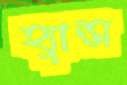
হ্যান্স